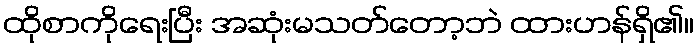
ထိုစာကိုရေးပြီး အဆုံးမသတ်တော့ဘဲ ထားဟန်ရှိ၏။